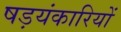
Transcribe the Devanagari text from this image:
षड़यंकारियों